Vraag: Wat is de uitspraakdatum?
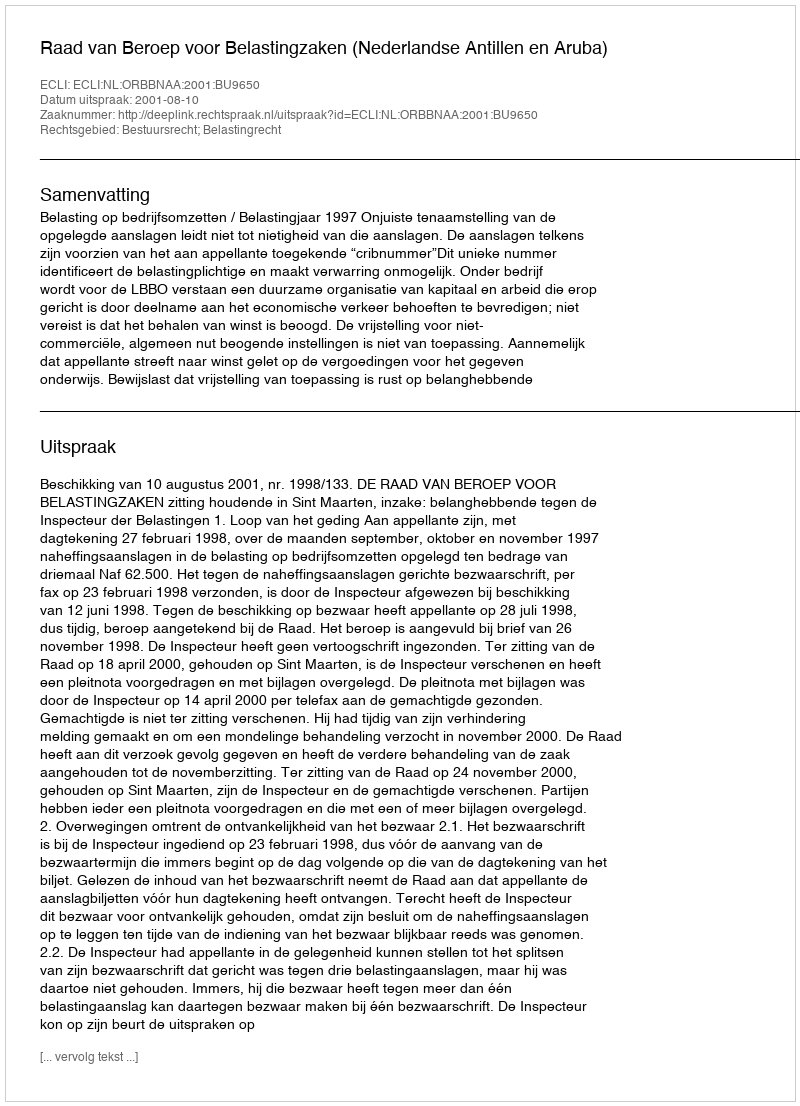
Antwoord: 2001-08-10